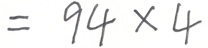
= 9 4 \times 4